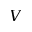
V